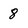
Character: 8